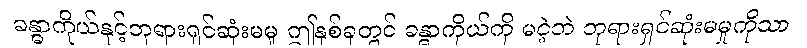
ခန္ဓာကိုယ်နှင့်ဘုရားရှင်ဆုံးမမူ ဤနှစ်ခုတွင် ခန္ဓာကိုယ်ကို မငဲ့ဘဲ ဘုရားရှင်ဆုံးမမှုကိုသာ